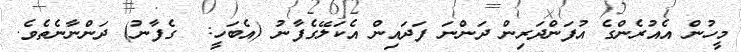
މީހުން އެއުރެންގެ އުފަންދަރިން ދަންނަ ފަދައިން އެކަލޭގެފާނު (އެބަހީ:  ގެފާނު) ދަންނާނެތެވެ.